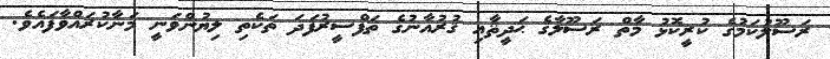
ރަސޫލުކަމުގެ ކުރީކޮޅު މާތް ރަސޫލާގެ ޙަދީޘާއި ޤުރުއާނުގެ ތަފްސީރުފަދަ ތަކެތި ލިޔުންވަނީ މަނާކުރައްވާފައެވެ.